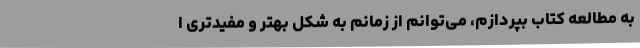
به مطالعه کتاب بپردازم، می‌توانم از زمانم به شکل بهتر و مفیدتری ا